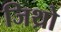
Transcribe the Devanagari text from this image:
जिथ्रो